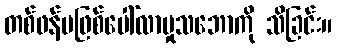
တစ်ဖန်မဖြစ်ပေါ်လာမှုသဘောကို သိခြင်း။